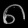
Digit: ၈